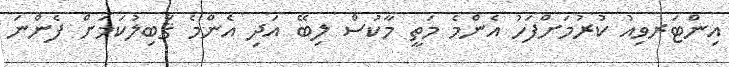
އިންޓަރވިއު ކުރުމަށްފަހު އެންމެ މަތީ މާކުސް ލިބޭ އަދި އެންމެ ޤާބިލުކަމަށް ފެންނަ